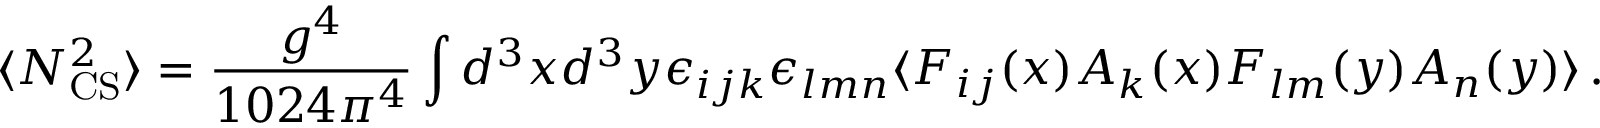
\langle N _ { \mathrm { C S } } ^ { 2 } \rangle = \frac { g ^ { 4 } } { 1 0 2 4 \pi ^ { 4 } } \int d ^ { 3 } x d ^ { 3 } y \epsilon _ { i j k } \epsilon _ { l m n } \langle F _ { i j } ( x ) A _ { k } ( x ) F _ { l m } ( y ) A _ { n } ( y ) \rangle \, .